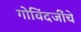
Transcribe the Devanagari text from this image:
गोविंदजींचे